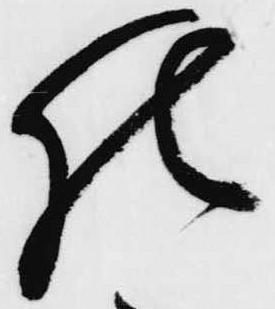
仕